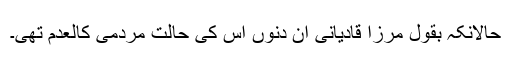
حالانکہ بقول مرزا قادیانی اُن دنوں اس کی حالت مردمی کالعدم تھی۔